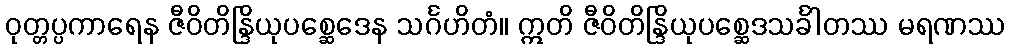
ဝုတ္တပ္ပကာရေန ဇီဝိတိန္ဒြိယုပစ္ဆေဒေန သင်္ဂဟိတံ။ ဣတိ ဇီဝိတိန္ဒြိယုပစ္ဆေဒသင်္ခါတဿ မရဏဿ